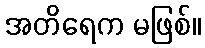
အတိရေက မဖြစ်။